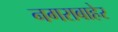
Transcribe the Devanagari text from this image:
नगराबाहेर